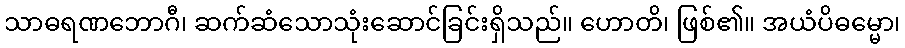
သာဓရဏဘောဂီ၊ ဆက်ဆံသောသုံးဆောင်ခြင်းရှိသည်။ ဟောတိ၊ ဖြစ်၏။ အယံပိဓမ္မော၊